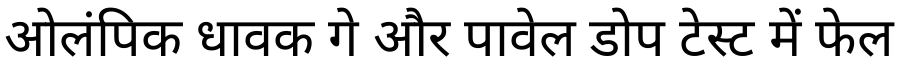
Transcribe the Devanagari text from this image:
ओलंपिक धावक गे और पावेल डोप टेस्ट में फेल